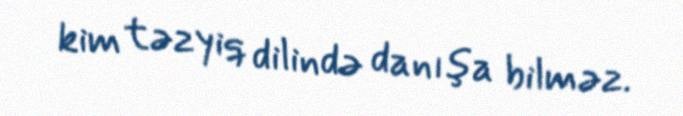
kim təzyiq dilində danışa bilməz.